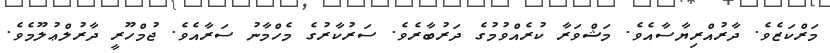
މަރްކަޒެވެ. ދާރުއްރިޔާސާއެވެ. މަޝްވަރާ ކުރެއްވުމުގެ ދަރުބާރެވެ. ސަރުކާރުގެ މެހްމާނު ސަރާއެވެ. ޖުމްހޫރީ ދާރުލްޢުލޫމެވެ.